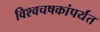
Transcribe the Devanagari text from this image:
विश्वचषकांपर्यंत